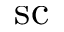
\mathrm { s c }